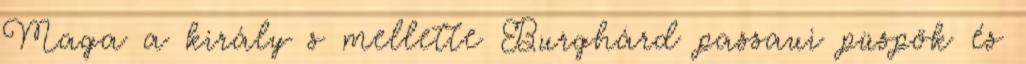
Maga a király s mellette Burghárd passaui püspök és